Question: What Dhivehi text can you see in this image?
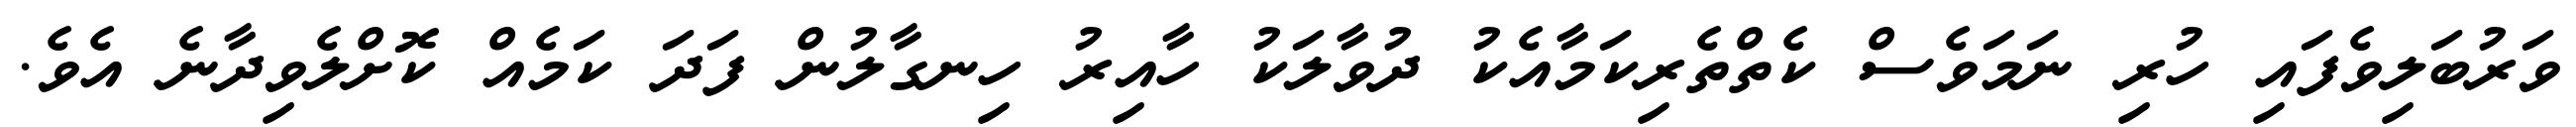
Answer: ވަރުބަލިވެފައި ހުރި ނަމަވެސް ކެތްތެރިކަމާއެކު ދުވާލަކު ހާއިރު ހިނގާލުން ފަދަ ކަމެއް ކޮށްލެވިދާނެ އެވެ.